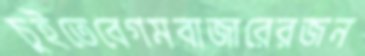
চুইতেবেগমবাজারেরজন